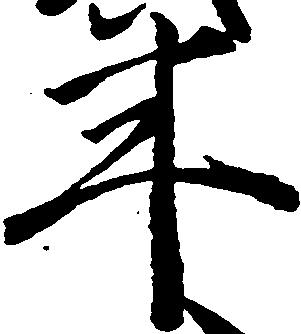
年